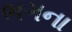
ભગના